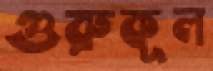
গুরুকূল